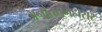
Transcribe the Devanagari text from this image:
अनोतत्तमहासर